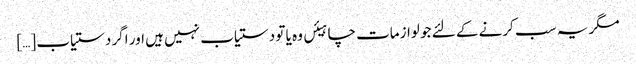
مگر یہ سب کرنے کے لئے جو لوازمات چاہیئں وہ یا تو دستیاب نہیں ہیں اور اگر دستیاب […]